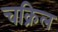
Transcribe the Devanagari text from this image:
चक्रिल